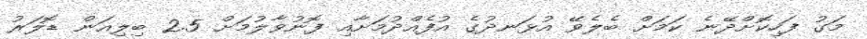
މަގު ފަހިކޮށްދޭނެ ކަމަށް ބެލެވޭ އުޅަނދުގެ އުފެއްދުމަށާއި ފޮނުވާލުމަށް 2.5 ބިލިއަން ޑޮލަރު